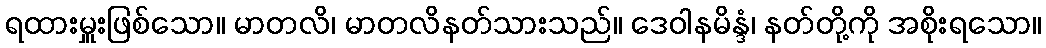
ရထားမှူးဖြစ်သော။ မာတလိ၊ မာတလိနတ်သားသည်။ ဒေဝါနမိန္ဒံ၊ နတ်တို့ကို အစိုးရသော။